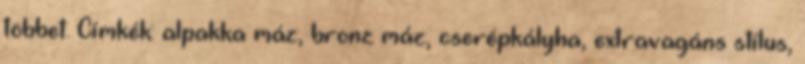
többet. Címkék: alpakka máz, bronz máz, cserépkályha, extravagáns stílus,